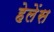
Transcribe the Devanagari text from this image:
हेलेंस